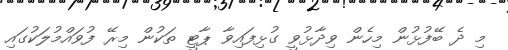
މި ދެ ބޭފުޅުން މިހެން ވިދާޅުވީ ގުޅިފައިވާ ޕާޓީ ތަކުން މިރޭ ފުވައްމުލަކުގައި